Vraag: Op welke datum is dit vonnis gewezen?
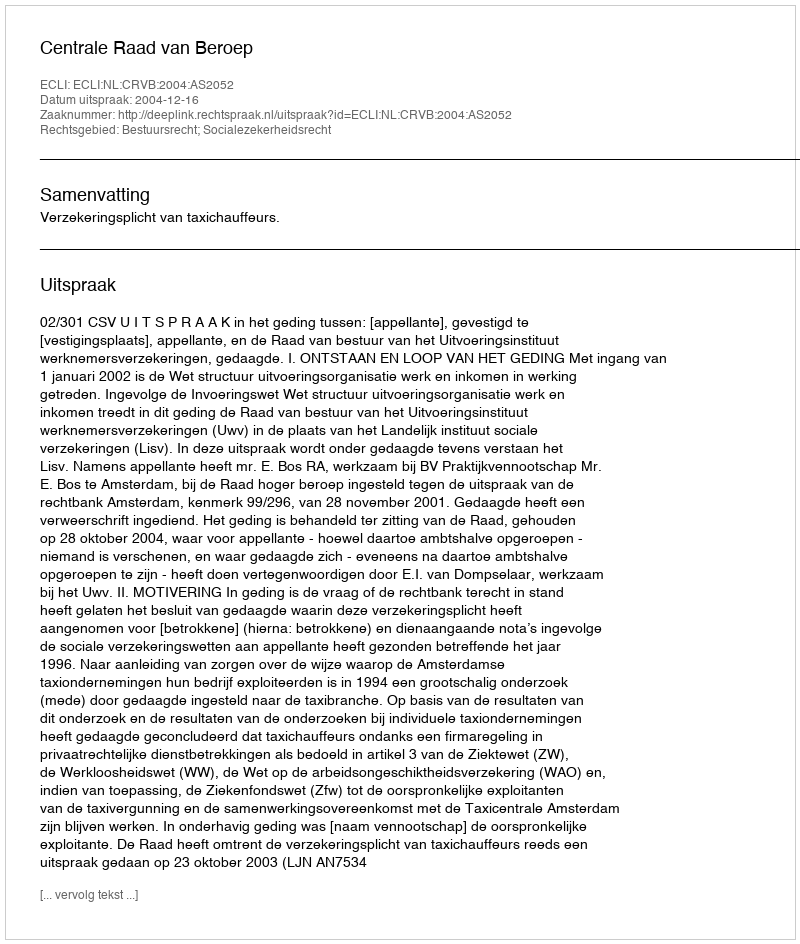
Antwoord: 2004-12-16